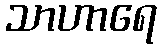
သာဟာရေ